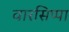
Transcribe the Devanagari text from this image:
वारसिप्पा